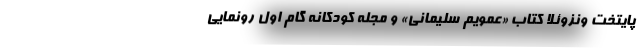
پایتخت ونزوئلا کتاب «عمویم سلیمانی» و مجله کودکانه گام اول رونمایی